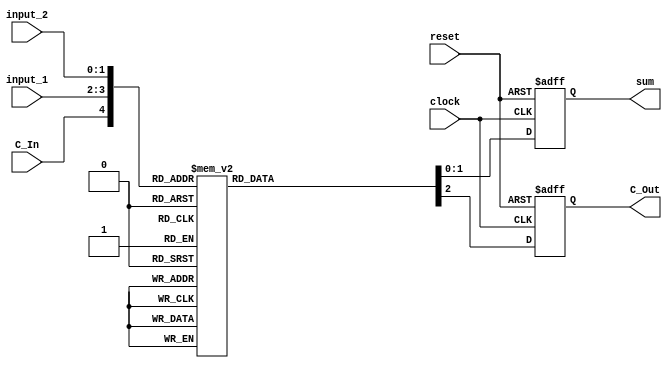
`timescale 1ns / 1ps

module CLB(
        reset, 
        clock,
        C_In,
        input_1,
        input_2,
        sum,
        C_Out
    );
    
    /*
    This module performs addition using a LUT.
        -> addition of two 2-bit numbers.
        -> one input is Cout.
        -> 32 possible combinations.
    */
    
    // I/O ports:    
    input       reset,
                clock,
                C_In;      // Carry in
    
    input [1:0] input_1,
                input_2;
    
    // sum of the addition.
    output [1:0] sum;
    reg    [1:0] sum;
    
    // carry if there is an overflow after addition.
    output       C_Out;
    reg          C_Out;
    
    always @ (posedge clock or
              posedge reset)
    begin   
            if (reset) 
            begin 
                sum   = 2'b00;
                C_Out = 1'b0;
            end
            else begin
                // LUT for addition
                case({C_In, input_1, input_2})
                5'b00000: begin sum = 2'b00; C_Out = 1'b0; end
                5'b00001: begin sum = 2'b01; C_Out = 1'b0; end
                5'b00010: begin sum = 2'b10; C_Out = 1'b0; end
                5'b00011: begin sum = 2'b11; C_Out = 1'b0; end
                5'b00100: begin sum = 2'b01; C_Out = 1'b0; end
                5'b00101: begin sum = 2'b10; C_Out = 1'b0; end
                5'b00110: begin sum = 2'b11; C_Out = 1'b0; end
                5'b00111: begin sum = 2'b00; C_Out = 1'b1; end
                5'b01000: begin sum = 2'b10; C_Out = 1'b0; end
                5'b01001: begin sum = 2'b11; C_Out = 1'b0; end
                5'b01010: begin sum = 2'b00; C_Out = 1'b1; end
                5'b01011: begin sum = 2'b01; C_Out = 1'b1; end
                5'b01100: begin sum = 2'b11; C_Out = 1'b0; end
                5'b01101: begin sum = 2'b00; C_Out = 1'b1; end
                5'b01110: begin sum = 2'b01; C_Out = 1'b1; end
                5'b01111: begin sum = 2'b10; C_Out = 1'b1; end
                5'b10000: begin sum = 2'b01; C_Out = 1'b0; end
                5'b10001: begin sum = 2'b10; C_Out = 1'b0; end
                5'b10010: begin sum = 2'b11; C_Out = 1'b0; end
                5'b10011: begin sum = 2'b00; C_Out = 1'b1; end
                5'b10100: begin sum = 2'b10; C_Out = 1'b0; end
                5'b10101: begin sum = 2'b11; C_Out = 1'b0; end
                5'b10110: begin sum = 2'b00; C_Out = 1'b1; end
                5'b10111: begin sum = 2'b01; C_Out = 1'b1; end
                5'b11000: begin sum = 2'b11; C_Out = 1'b0; end
                5'b11001: begin sum = 2'b00; C_Out = 1'b1; end
                5'b11010: begin sum = 2'b01; C_Out = 1'b1; end
                5'b11011: begin sum = 2'b10; C_Out = 1'b1; end
                5'b11100: begin sum = 2'b00; C_Out = 1'b1; end
                5'b11101: begin sum = 2'b01; C_Out = 1'b1; end
                5'b11110: begin sum = 2'b10; C_Out = 1'b1; end
                5'b11111: begin sum = 2'b11; C_Out = 1'b1; end
                default:  begin sum = 2'b00; C_Out = 1'b0; end 
                endcase
            end
    end
endmodule